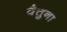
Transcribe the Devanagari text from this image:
बैतुना